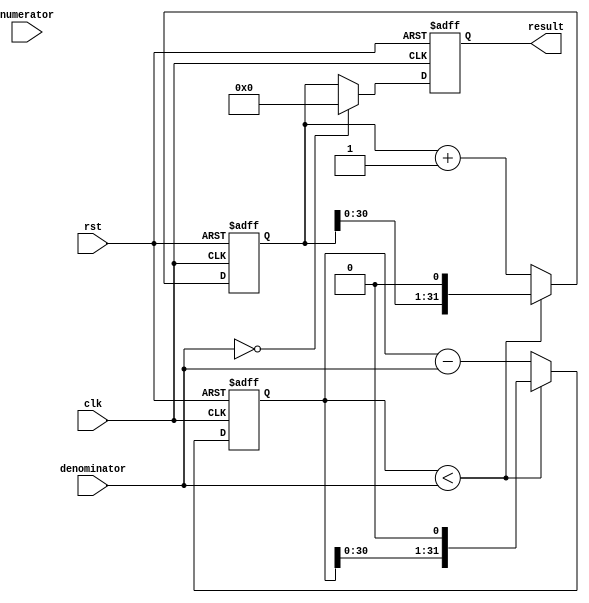
module divider (
    input wire clk,
    input wire rst,
    input wire [31:0] numerator,
    input wire [31:0] denominator,
    output reg [31:0] result
);

// Internal signals
reg [31:0] quotient;
reg [31:0] remainder;

always @(posedge clk or posedge rst) begin
    if (rst) begin
        quotient <= 0;
        remainder <= 0;
        result <= 0;
    end else begin
        if (remainder < denominator) begin
            remainder <= remainder << 1;
            quotient <= quotient << 1;
        end else begin
            remainder <= remainder - denominator;
            quotient <= quotient + 1;
        end
        
        if (denominator == 0) begin
            result <= 32'd0; // Division by zero
        end else begin
            result <= quotient;
        end
    end
end

endmodule